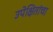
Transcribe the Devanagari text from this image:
उपेक्षितांचा